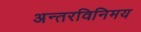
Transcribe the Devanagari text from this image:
अन्तरविनिमय